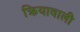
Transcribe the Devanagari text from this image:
क्रियावाली